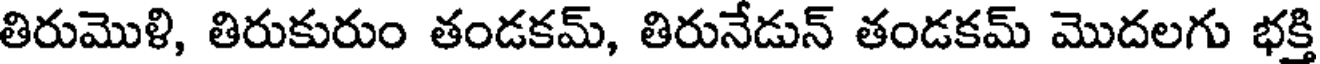
తిరుమొళి, తిరుకురుం తండకమ్, తిరునేడున్ తండకమ్ మొదలగు భక్తి